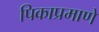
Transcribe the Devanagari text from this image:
पिकाप्रमाणे